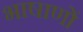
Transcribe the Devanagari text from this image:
भाषाणों